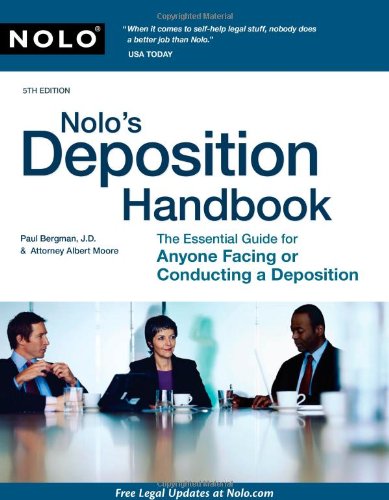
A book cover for Nolo's Deposition Handbook: The Essential Guide for Anyone Facing or Conducting a Deposition; Paul Bergman; Law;